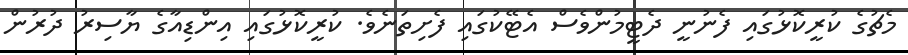
މެޗުގެ ކުރީކޮޅުގައި ފެނުނީ ދެޓީމުންވެސް އެޓޭކުގައި ފެށިތަނެވެ. ކުރީކޮޅުގައި އިންޑިއާގެ ޔާސިރު ދުރުން